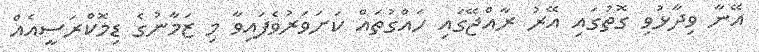
އޭނާ ވިދާޅުވި ގޮތުގައި އޭރު ރާއްޖޭގައި ހައްގުތައް ކަށަވަރުވެފައިވާ މި ޒަމާނުގެ ޑިމޮކްރަސީއެއް